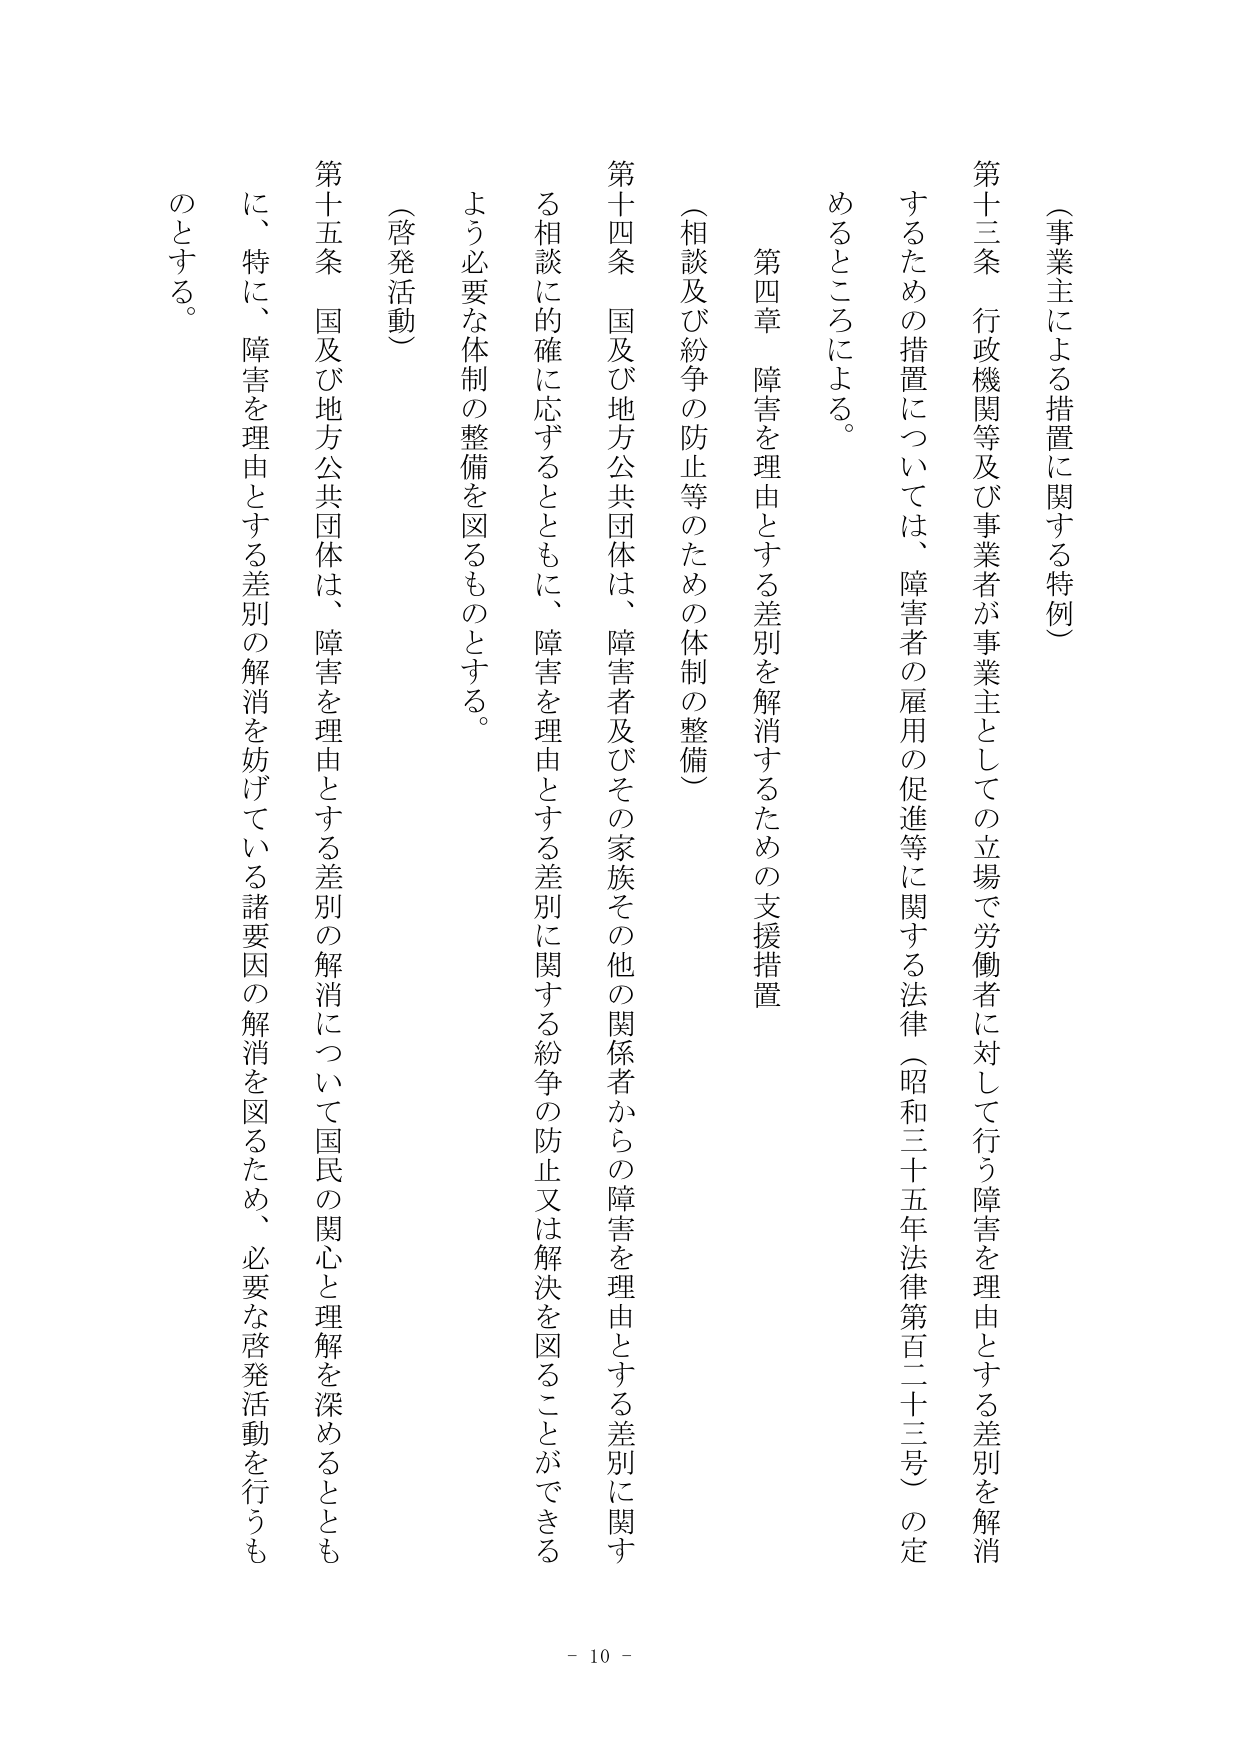
（事業主による措置に関する特例）

第十三条 行政機関等及び事業者が事業主としての立場で労働者に対して行う障害を理由とする差別を解消するための措置については、障害者の雇用の促進等に関する法律（昭和三十五年法律第百二十三号）の定めるところによる。

第四章 障害を理由とする差別を解消するための支援措置

（相談及び紛争の防止等のための体制の整備）

第十四条 国及び地方公共団体は、障害者及びその家族その他関係者からの障害を理由とする差別に関する相談に的確に応ずるとともに、障害を理由とする差別に関する紛争の防止又は解決を図ることができるように必要な体制の整備を図るものとする。

（啓発活動）

第十五条 国及び地方公共団体は、障害を理由とする差別の解消について国民の関心と理解を深めるとともに、特に、障害を理由とする差別の解消を妨げている諸要因の解消を図るため、必要な啓発活動を行うものとする。

- 10 -